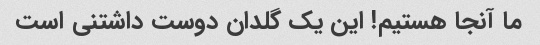
ما آنجا هستیم! این یک گلدان دوست داشتنی است